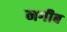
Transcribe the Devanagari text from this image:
नगीब